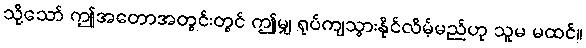
သို့သော် ဤအတောအတွင်းတွင် ဤမျှ ရုပ်ကျသွားနိုင်လိမ့်မည်ဟု သူမ မထင်။